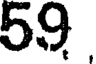
59